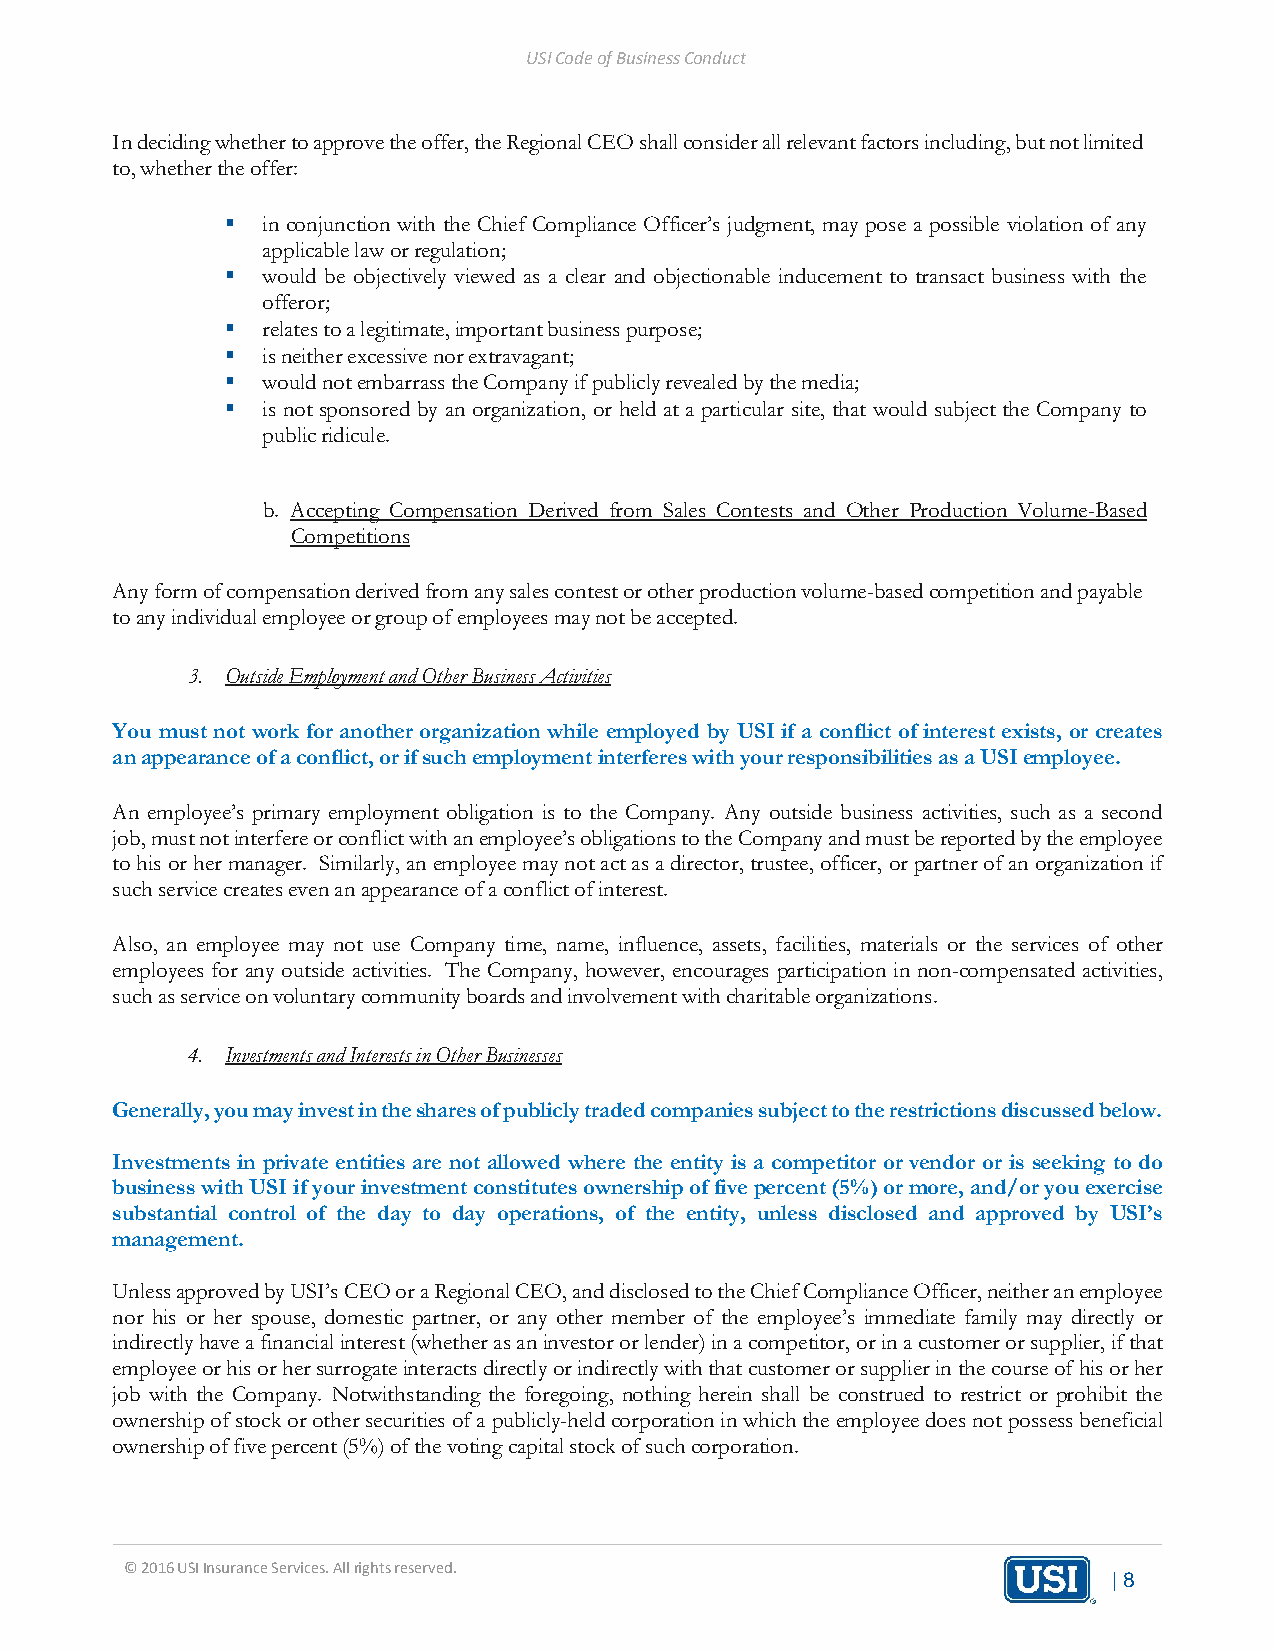
USI Code of Business Conduct
 In deciding whether to approve the offer, the Regional CEO shall consider all relevant factors including, but not limited
 to, whether the offer:
  in conjunction with the Chief Compliance Officer’s judgment, may pose a possible violation of any
 applicable law or regulation;
  would be objectively viewed as a clear and objectionable inducement to transact business with the
 offeror;
  relates to a legitimate, important business purpose;
  is neither excessive nor extravagant;
  would not embarrass the Company if publicly revealed by the media;
  is not sponsored by an organization, or held at a particular site, that would subject the Company to
 public ridicule.
 b. Accepting Compensation Derived from Sales Contests and Other Production Volume-Based
 Competitions
 Any form of compensation derived from any sales contest or other production volume-based competition and payable
 to any individual employee or group of employees may not be accepted.
 3. Outside Employment and Other Business Activities
 You must not work for another organization while employed by USI if a conflict of interest exists, or creates
 an appearance of a conflict, or if such employment interferes with your responsibilities as a USI employee.
 An employee’s primary employment obligation is to the Company. Any outside business activities, such as a second
 job, must not interfere or conflict with an employee’s obligations to the Company and must be reported by the employee
 to his or her manager. Similarly, an employee may not act as a director, trustee, officer, or partner of an organization if
 such service creates even an appearance of a conflict of interest.
 Also, an employee may not use Company time, name, influence, assets, facilities, materials or the services of other
 employees for any outside activities. The Company, however, encourages participation in non-compensated activities,
 such as service on voluntary community boards and involvement with charitable organizations.
 4. Investments and Interests in Other Businesses
 Generally, you may invest in the shares of publicly traded companies subject to the restrictions discussed below.
 Investments in private entities are not allowed where the entity is a competitor or vendor or is seeking to do
 business with USI if your investment constitutes ownership of five percent (5%) or more, and/or you exercise
 substantial control of the day to day operations, of the entity, unless disclosed and approved by USI’s
 management.
 Unless approved by USI’s CEO or a Regional CEO, and disclosed to the Chief Compliance Officer, neither an employee
 nor his or her spouse, domestic partner, or any other member of the employee’s immediate family may directly or
 indirectly have a financial interest (whether as an investor or lender) in a competitor, or in a customer or supplier, if that
 employee or his or her surrogate interacts directly or indirectly with that customer or supplier in the course of his or her
 job with the Company. Notwithstanding the foregoing, nothing herein shall be construed to restrict or prohibit the
 ownership of stock or other securities of a publicly-held corporation in which the employee does not possess beneficial
 ownership of five percent (5%) of the voting capital stock of such corporation.
 © 2016 USI Insurance Services. All rights reserved.
 | 8